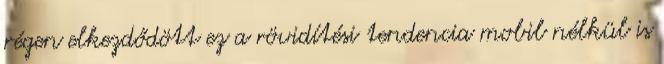
régen elkezdődött ez a rövidítési tendencia mobil nélkül is